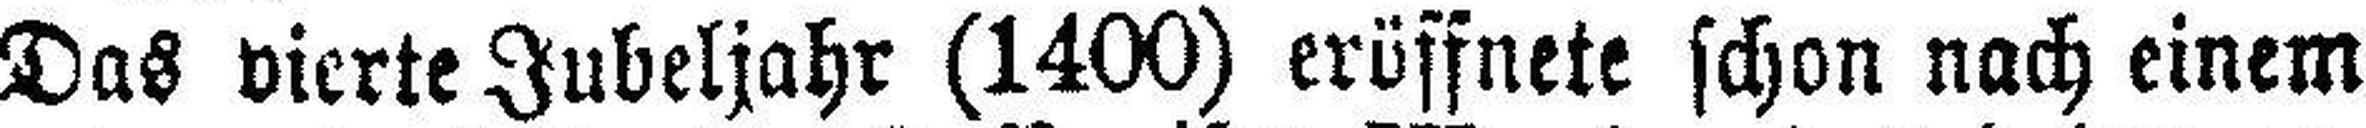
Das vierte Jubeljahr (1400) eröffnete schon nach einem